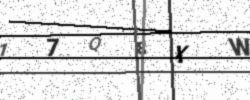
Text: 17Q8XW